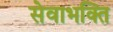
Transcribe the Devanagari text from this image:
सेवाभक्ति